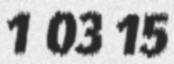
1 03 15